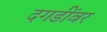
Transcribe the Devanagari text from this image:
दगडींवर